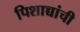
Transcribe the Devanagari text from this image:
पिशाच्चांची